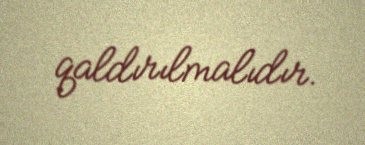
qaldırılmalıdır.